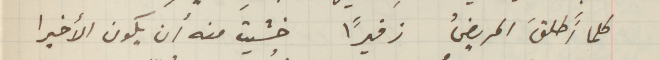
كلما أَطلقَ المريضُ زفيرًا خشيتَ منه ان يكون الأخيرا